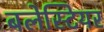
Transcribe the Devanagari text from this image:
बलेस्टियर